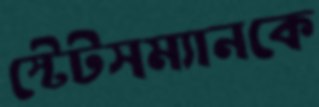
স্টেটসম্যানকে